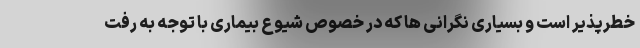
خطرپذیر است و بسیاری نگرانی ها که در خصوص شیوع بیماری با توجه به رفت